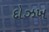
દોઝખ